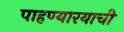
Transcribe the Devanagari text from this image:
पाहण्यारयाची